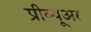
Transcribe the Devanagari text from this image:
प्रीव्यूअर